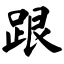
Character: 跟